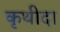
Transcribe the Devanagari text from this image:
कृथीदा